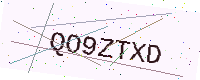
Text: QO9ZTXD